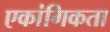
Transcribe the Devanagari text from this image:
एकांगिकता